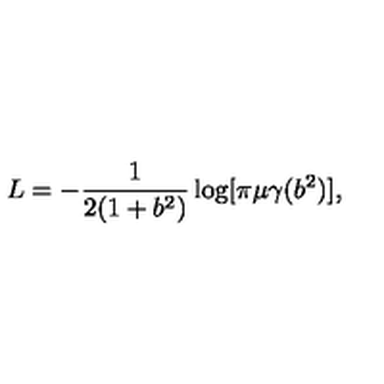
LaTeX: L = - \frac { 1 } { 2 ( 1 + b ^ { 2 } ) } \log [ \pi \mu \gamma ( b ^ { 2 } ) ] ,